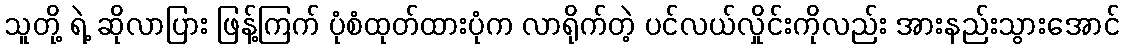
သူတို့ ရဲ့ ဆိုလာပြား ဖြန့်ကြက် ပုံစံထုတ်ထားပုံက လာရိုက်တဲ့ ပင်လယ်လှိုင်းကိုလည်း အားနည်းသွားအောင်